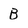
Character: B